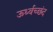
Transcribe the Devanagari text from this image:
ऊर्ध्वच्छंद